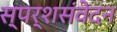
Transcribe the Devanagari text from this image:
स्पर्शसंवेदन